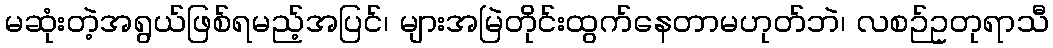
မဆုံးတဲ့အရွယ်ဖြစ်ရမည့်အပြင်၊ များအမြဲတိုင်းထွက်နေတာမဟုတ်ဘဲ၊ လစဉ်ဥတုရာသီ